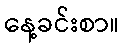
နေ့ခင်းစာ။